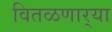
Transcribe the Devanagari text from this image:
वितळणार्‍या